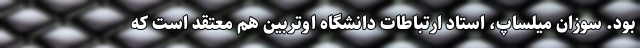
بود. سوزان میلساپ، استاد ارتباطات دانشگاه اوتربین هم معتقد است که